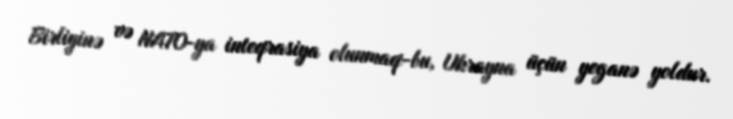
Birliyinə və NATO-ya inteqrasiya olunmaq-bu, Ukrayna üçün yeganə yoldur.